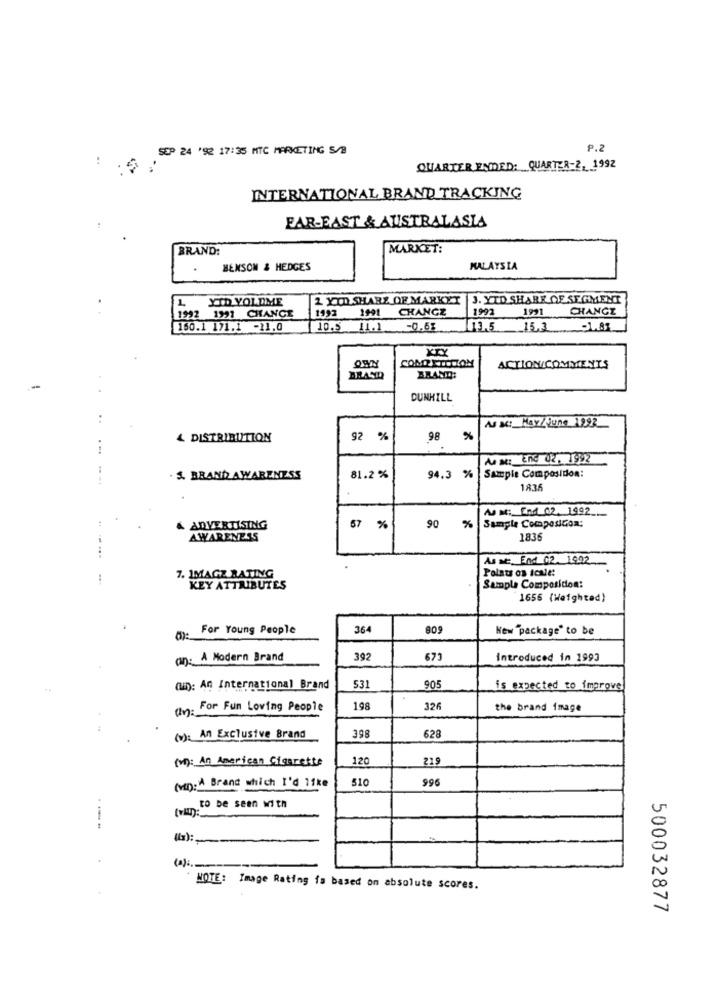
SEP 24 '92 17:35 MTC MARKETING S/B
P.2
QUARTER ENDED: QUARTER-2, 1992
INTERNATIONAL BRAND TRACKING
FAR-EAST & AUSTRALASIA
BRAND:
MARKET:
BENSON & HEDGES
MALAYSIA
L XIO YOLDIME
2 YID SHARE OF MARKET |3. YTD SHARE DE SEGMENT
1992 1991 CHANCE
1992
1991 CHANGE
1992
1991
CHANGE
150.1 171.1 -11.0
10.5 11.1 -0.68
13.5
15,3 -1.83
COMPETITION
OWN
ACTION/COMMENTS
BRASIL
BRAND:
-
DUNHILL
. .
As x: MAY/June 1992
4 DISTRIBUTION
92 %
98 %
Aus Me: EnG 02. 1992
S. BRAND AWARENESS
81.2 %
94.3 %
Sample Composidon:
1836
A0 M: En1 02. 1992
Sample Composicon:
ADVERTISING
67 %
90 %%
AWARENESS
1836
As se End 02. 1902
7. 1MAGZ RATING
Points os icale:
KEY ATTRIBUTES
Sample Composition:
1656 (Weighted)
For Young People
364
New package" to be
an: A Modern Brand
392
673
Introduced in 1993
(i): An International Brand
531
905
is expected to improve
(n): For Fun Loving People
198
326
the brand image
628
(w): An Exclusive Brand
398
(v): An American Cigarette
120
219
(MD: A Brand which I'd like
510
996
to be seen with
---
(2):
NOTE: Image Rating fa based on absolute scores.
500032877